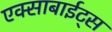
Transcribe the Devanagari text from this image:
एक्साबाईट्स